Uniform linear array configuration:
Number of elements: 64
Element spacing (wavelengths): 0.25
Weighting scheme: kaiser
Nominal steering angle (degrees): -60
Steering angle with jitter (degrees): -59.402
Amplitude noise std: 0.05
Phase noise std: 0.05

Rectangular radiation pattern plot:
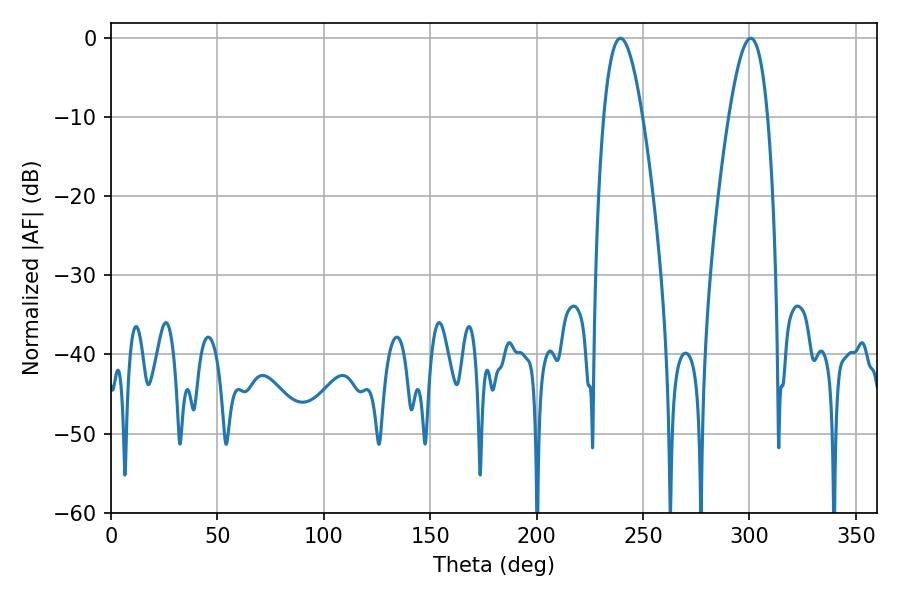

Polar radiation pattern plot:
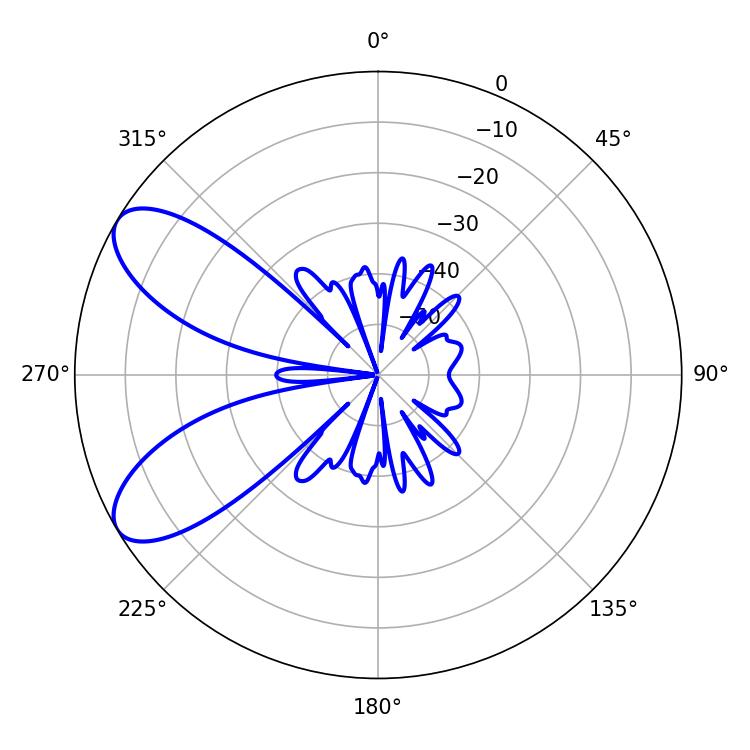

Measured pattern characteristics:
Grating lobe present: FALSE
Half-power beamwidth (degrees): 10.08
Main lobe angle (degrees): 239.4